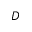
D